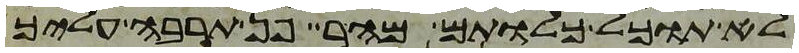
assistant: לא תוכל כלותם מהר פן תרבה עליך